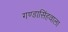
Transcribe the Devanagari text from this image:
गण्डासिंहवाला